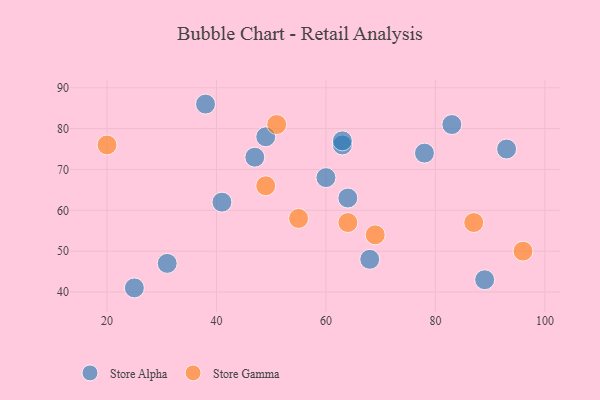
{"axis": {"x": "GDP", "y": "Life Expectancy"}, "legend": ["Store Alpha", "Store Gamma"], "data": [{"x": "68", "y": 48, "type": "Store Alpha"}, {"x": "83", "y": 81, "type": "Store Alpha"}, {"x": "64", "y": 63, "type": "Store Alpha"}, {"x": "63", "y": 76, "type": "Store Alpha"}, {"x": "93", "y": 75, "type": "Store Alpha"}, {"x": "49", "y": 78, "type": "Store Alpha"}, {"x": "89", "y": 43, "type": "Store Alpha"}, {"x": "31", "y": 47, "type": "Store Alpha"}, {"x": "25", "y": 41, "type": "Store Alpha"}, {"x": "38", "y": 86, "type": "Store Alpha"}, {"x": "41", "y": 62, "type": "Store Alpha"}, {"x": "60", "y": 68, "type": "Store Alpha"}, {"x": "63", "y": 77, "type": "Store Alpha"}, {"x": "47", "y": 73, "type": "Store Alpha"}, {"x": "78", "y": 74, "type": "Store Alpha"}, {"x": "96", "y": 50, "type": "Store Gamma"}, {"x": "87", "y": 57, "type": "Store Gamma"}, {"x": "64", "y": 57, "type": "Store Gamma"}, {"x": "55", "y": 58, "type": "Store Gamma"}, {"x": "49", "y": 66, "type": "Store Gamma"}, {"x": "20", "y": 76, "type": "Store Gamma"}, {"x": "69", "y": 54, "type": "Store Gamma"}, {"x": "51", "y": 81, "type": "Store Gamma"}]}